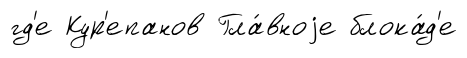
гд'е Кур'епанов Гла́вноjе блока́д'е